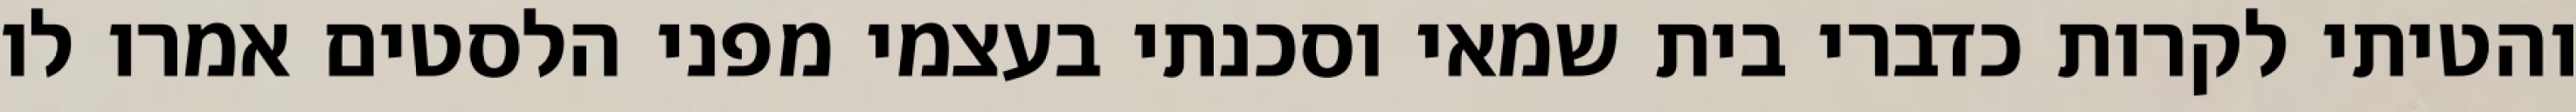
והטיתי לקרות כדברי בית שמאי וסכנתי בעצמי מפני הלסטים אמרו לו